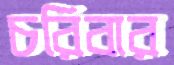
চরিবার